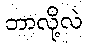
ဘာလို့လဲ